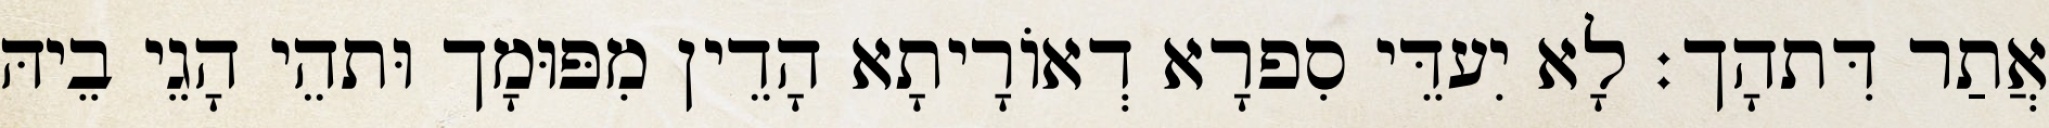
אֲתַר דִּתהָך׃ לָא יִעדֵּי סִפרָא דְאוֹרָיתָא הָדֵין מִפּוּמָך וּתהֵי הָגֵי בֵיהּ